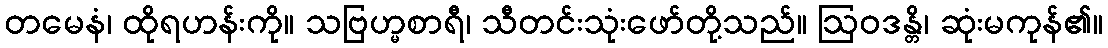
တမေနံ၊ ထိုရဟန်းကို။ သဗြဟ္မစာရီ၊ သီတင်းသုံးဖော်တို့သည်။ ဩဝဒန္တိ၊ ဆုံးမကုန်၏။